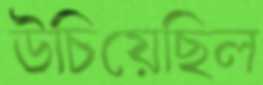
উচিয়েছিল